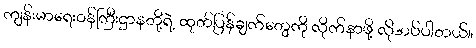
ကျန်းမာရေးဝန်ကြီးဌာနတို့ရဲ့ ထုတ်ပြန်ချက်တွေကို လိုက်နာဖို့ လိုအပ်ပါတယ်။